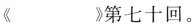
《___》第七十回。